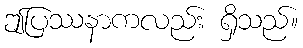
ဤပြဿနာကလည်း ရှိသည်။